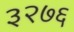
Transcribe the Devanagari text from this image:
३२७६